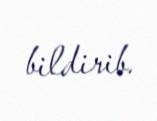
bildirib.